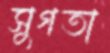
সুগতা